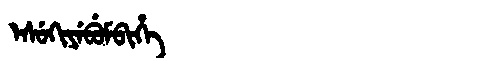
Manchu: ᡝᠰᡠᡴᡳᠶᡝᠪᡠᠮᠪᡳᡥᡝ
Romanization: ESUKIYEBUMBIHE